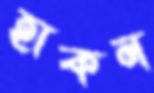
হাকন